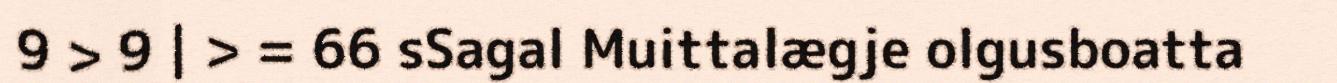
9 > 9 | > = 66 sSagal Muittalægje olgusboatta